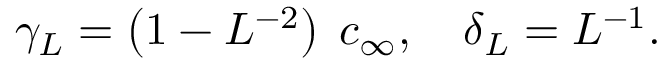
\gamma _ { L } = \left( 1 - L ^ { - 2 } \right) \; c _ { \infty } , \quad \delta _ { L } = L ^ { - 1 } .